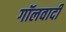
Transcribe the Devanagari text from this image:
गॉलवादी